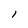
Character: l